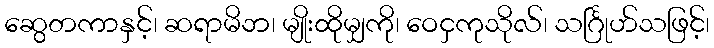
ဆွေတကာနှင့်၊ ဆရာမိဘ၊ မျိုးထိုမျှကို၊ ဝေငှကုသိုလ်၊ သင်္ဂြုဟ်သဖြင့်၊